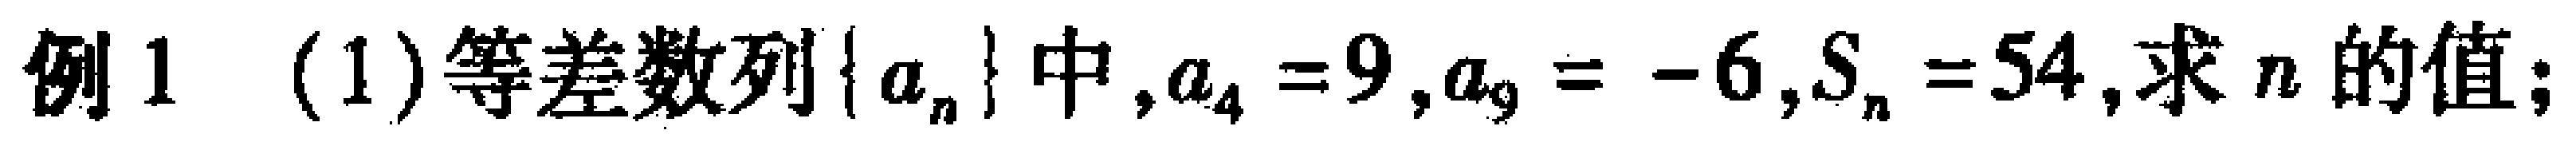
例1 (1)等差数列\(\{ a_{n}\}\)中，\(a_{4}=9\)，\(a_{9}=-6\)，\(S_{n}=54\)，求\(n\)的值；